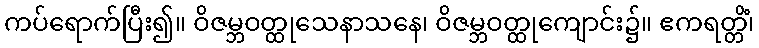
ကပ်ရောက်ပြီး၍။ ဝိဇမ္ဘဝတ္ထုသေနာသနေ၊ ဝိဇမ္ဘဝတ္ထုကျောင်း၌။ ဧကရတ္တိံ၊